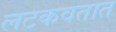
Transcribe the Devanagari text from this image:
लटकवतात